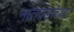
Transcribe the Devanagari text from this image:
नातवंडांच्या